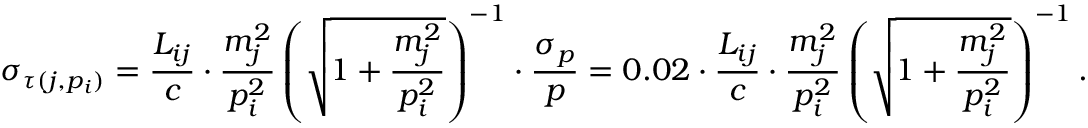
\sigma _ { \tau ( j , p _ { i } ) } = \frac { L _ { i j } } { c } \cdot \frac { m _ { j } ^ { 2 } } { p _ { i } ^ { 2 } } \left( \sqrt { 1 + \frac { m _ { j } ^ { 2 } } { p _ { i } ^ { 2 } } } \right) ^ { - 1 } \cdot \frac { \sigma _ { p } } { p } = 0 . 0 2 \cdot \frac { L _ { i j } } { c } \cdot \frac { m _ { j } ^ { 2 } } { p _ { i } ^ { 2 } } \left( \sqrt { 1 + \frac { m _ { j } ^ { 2 } } { p _ { i } ^ { 2 } } } \right) ^ { - 1 } .